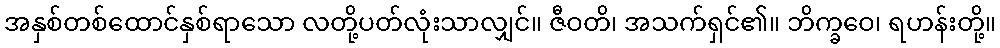
အနှစ်တစ်ထောင်နှစ်ရာသော လတို့ပတ်လုံးသာလျှင်။ ဇီဝတိ၊ အသက်ရှင်၏။ ဘိက္ခဝေ၊ ရဟန်းတို့။